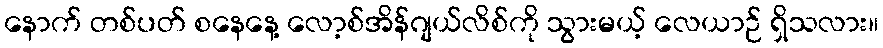
နောက် တစ်ပတ် စနေနေ့ လော့စ်အိန်ဂျယ်လိစ်ကို သွားမယ့် လေယာဉ် ရှိသလား။